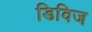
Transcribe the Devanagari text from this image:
डिविज